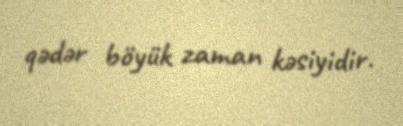
qədər böyük zaman kəsiyidir.